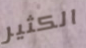
الكثير